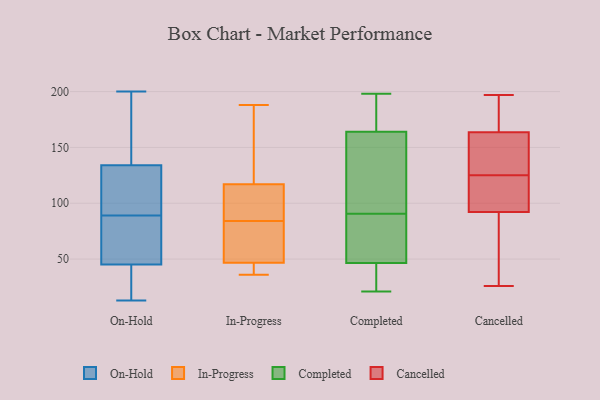
{"axis": {"x": "Revenue (USD Million)", "y": "Value"}, "legend": ["Cancelled", "Completed", "In-Progress", "On-Hold"], "data": [{"x": "", "y": 89, "type": "On-Hold"}, {"x": "", "y": 101, "type": "On-Hold"}, {"x": "", "y": 200, "type": "On-Hold"}, {"x": "", "y": 84, "type": "On-Hold"}, {"x": "", "y": 20, "type": "On-Hold"}, {"x": "", "y": 153, "type": "On-Hold"}, {"x": "", "y": 54, "type": "On-Hold"}, {"x": "", "y": 13, "type": "On-Hold"}, {"x": "", "y": 93, "type": "On-Hold"}, {"x": "", "y": 43, "type": "On-Hold"}, {"x": "", "y": 146, "type": "On-Hold"}, {"x": "", "y": 77, "type": "On-Hold"}, {"x": "", "y": 179, "type": "On-Hold"}, {"x": "", "y": 37, "type": "On-Hold"}, {"x": "", "y": 125, "type": "On-Hold"}, {"x": "", "y": 46, "type": "On-Hold"}, {"x": "", "y": 130, "type": "On-Hold"}, {"x": "", "y": 75, "type": "In-Progress"}, {"x": "", "y": 64, "type": "In-Progress"}, {"x": "", "y": 119, "type": "In-Progress"}, {"x": "", "y": 111, "type": "In-Progress"}, {"x": "", "y": 36, "type": "In-Progress"}, {"x": "", "y": 37, "type": "In-Progress"}, {"x": "", "y": 41, "type": "In-Progress"}, {"x": "", "y": 84, "type": "In-Progress"}, {"x": "", "y": 188, "type": "In-Progress"}, {"x": "", "y": 180, "type": "In-Progress"}, {"x": "", "y": 101, "type": "In-Progress"}, {"x": "", "y": 183, "type": "Completed"}, {"x": "", "y": 85, "type": "Completed"}, {"x": "", "y": 21, "type": "Completed"}, {"x": "", "y": 196, "type": "Completed"}, {"x": "", "y": 198, "type": "Completed"}, {"x": "", "y": 24, "type": "Completed"}, {"x": "", "y": 66, "type": "Completed"}, {"x": "", "y": 28, "type": "Completed"}, {"x": "", "y": 37, "type": "Completed"}, {"x": "", "y": 56, "type": "Completed"}, {"x": "", "y": 69, "type": "Completed"}, {"x": "", "y": 96, "type": "Completed"}, {"x": "", "y": 182, "type": "Completed"}, {"x": "", "y": 192, "type": "Completed"}, {"x": "", "y": 107, "type": "Completed"}, {"x": "", "y": 146, "type": "Completed"}, {"x": "", "y": 21, "type": "Completed"}, {"x": "", "y": 112, "type": "Completed"}, {"x": "", "y": 65, "type": "Completed"}, {"x": "", "y": 107, "type": "Completed"}, {"x": "", "y": 26, "type": "Cancelled"}, {"x": "", "y": 195, "type": "Cancelled"}, {"x": "", "y": 95, "type": "Cancelled"}, {"x": "", "y": 158, "type": "Cancelled"}, {"x": "", "y": 161, "type": "Cancelled"}, {"x": "", "y": 125, "type": "Cancelled"}, {"x": "", "y": 129, "type": "Cancelled"}, {"x": "", "y": 143, "type": "Cancelled"}, {"x": "", "y": 78, "type": "Cancelled"}, {"x": "", "y": 171, "type": "Cancelled"}, {"x": "", "y": 177, "type": "Cancelled"}, {"x": "", "y": 122, "type": "Cancelled"}, {"x": "", "y": 113, "type": "Cancelled"}, {"x": "", "y": 197, "type": "Cancelled"}, {"x": "", "y": 123, "type": "Cancelled"}, {"x": "", "y": 84, "type": "Cancelled"}, {"x": "", "y": 58, "type": "Cancelled"}]}